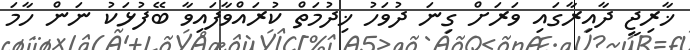
ޚާރިޖީ ދާއިރާގައި ވަރަށް ގިނަ ދުވަހު ޚިދުމަތް ކުރައްވާފައިވާ ބޭފުޅަކު ނަން ހާމަ